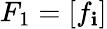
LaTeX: F_{1}=[f_{\mathbf{i}}]